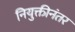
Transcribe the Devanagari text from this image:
नियुक्तीनंतर